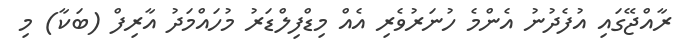
ރާއްޖޭގައި އުފެދުނު އެންމެ ހުނަރުވެރި އެއް މިޑްފިލްޑަރު މުހައްމަދު އާރިފް (ބަކާ) މި